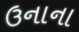
ઉનાના